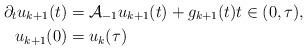
\begin{align*} \partial_{t} u_{k+1}(t) &= \mathcal{A}_{-1} u_{k + 1}(t) + g_{k+1}(t) t \in (0, \tau), \\ u_{k+1}(0) &= u_{k}(\tau) \end{align*}